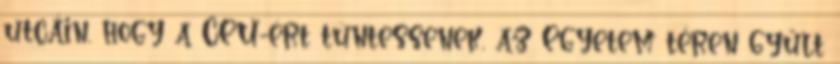
utcáin, hogy a CEU-ért tüntessenek, az Egyetem téren gyűlt